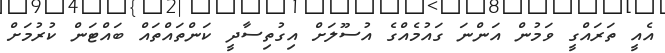
އެއީ ތަރައްގީ ވަމުން އަންނަ ގައުމެއްގެ އުސޫލަށް އިގުތިސާދީ ކަންތައްތައް ބައްޓަން ކުރުމަށް